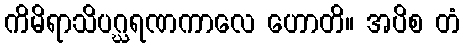
ကိမိရာသိပဂ္ဃရဏကာလေ ဟောတိ။ အပိစ တံ